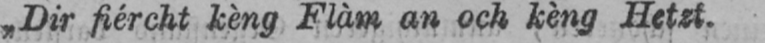
„Dir fiércht kèng Flàm an och kèng Hetzt.